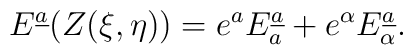
E^{\underline{a}}(Z(\xi,\eta))=e^aE_a^{\underline{a}}+e^\alpha E_\alpha^{\underline{a}}.